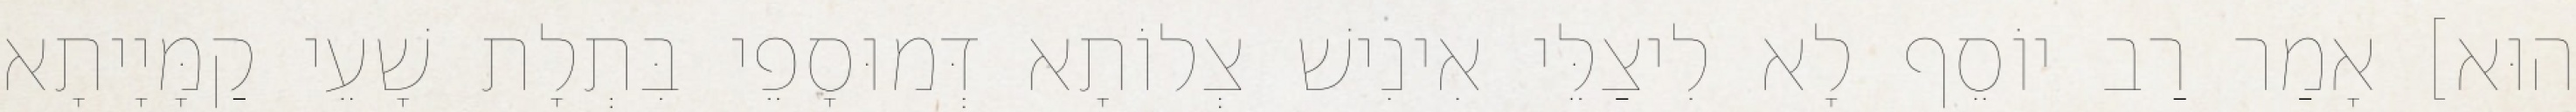
הוּא] אָמַר רַב יוֹסֵף לָא לִיצַלֵּי אִינִישׁ צְלוֹתָא דְּמוּסָפֵי בִּתְלָת שָׁעֵי קַמָּיָיתָא